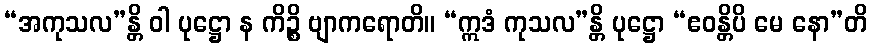
“အကုသလ”န္တိ ဝါ ပုဋ္ဌော န ကိဉ္စိ ဗျာကရောတိ။ “ဣဒံ ကုသလ”န္တိ ပုဋ္ဌော “ဧဝန္တိပိ မေ နော”တိ